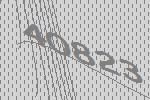
40823